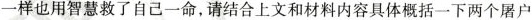
一样也用智慧救了自己一命，请结合上文和材料内容具体概括一下两个屠户